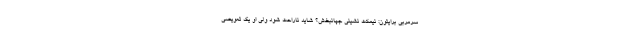
سرمربی برایتون: نیمکت نشینی جهانبخش؟ شاید ناراحت شود ولی او یک تعویضی